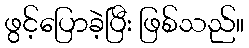
ဖွင့်ပြောခဲ့ပြီး ဖြစ်သည်။